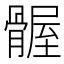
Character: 𫘴